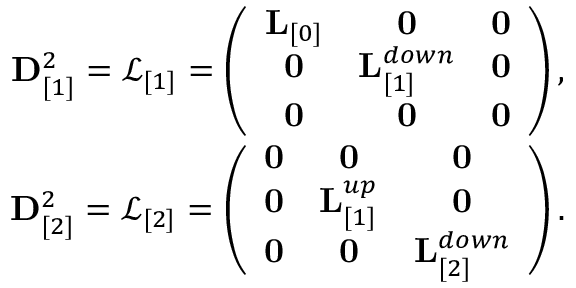
\begin{array} { r } { { \bf D } _ { [ 1 ] } ^ { 2 } = \mathcal { L } _ { [ 1 ] } = \left( \begin{array} { c c c } { { \bf L } _ { [ 0 ] } } & { { \bf 0 } } & { { \bf 0 } } \\ { { \bf 0 } } & { { \bf L } _ { [ 1 ] } ^ { d o w n } } & { { \bf 0 } } \\ { { \bf 0 } } & { { \bf 0 } } & { { \bf 0 } } \end{array} \right) , } \\ { { \bf D } _ { [ 2 ] } ^ { 2 } = \mathcal { L } _ { [ 2 ] } = \left( \begin{array} { c c c } { { \bf 0 } } & { { \bf 0 } } & { { \bf 0 } } \\ { { \bf 0 } } & { { \bf L } _ { [ 1 ] } ^ { u p } } & { { \bf 0 } } \\ { { \bf 0 } } & { { \bf 0 } } & { { \bf L } _ { [ 2 ] } ^ { d o w n } } \end{array} \right) . } \end{array}